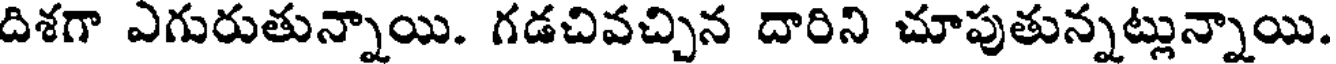
దిశగా ఎగురుతున్నాయి. గడచివచ్చిన దారిని చూపుతున్నట్లున్నాయి.